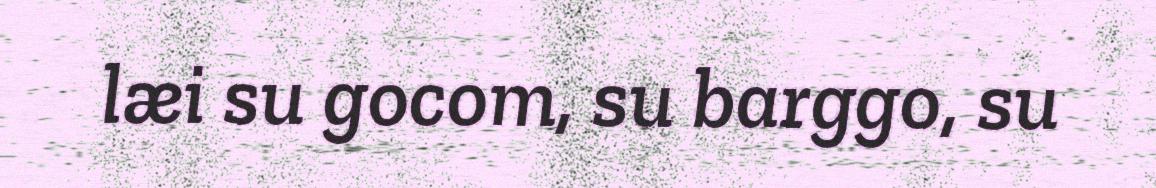
læi su gocom, su barggo, su